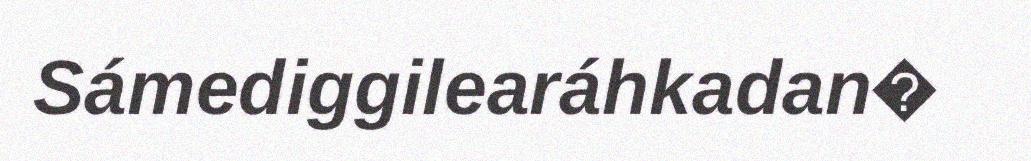
Sámediggilearáhkadan�